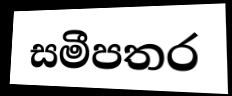
සමීපතර